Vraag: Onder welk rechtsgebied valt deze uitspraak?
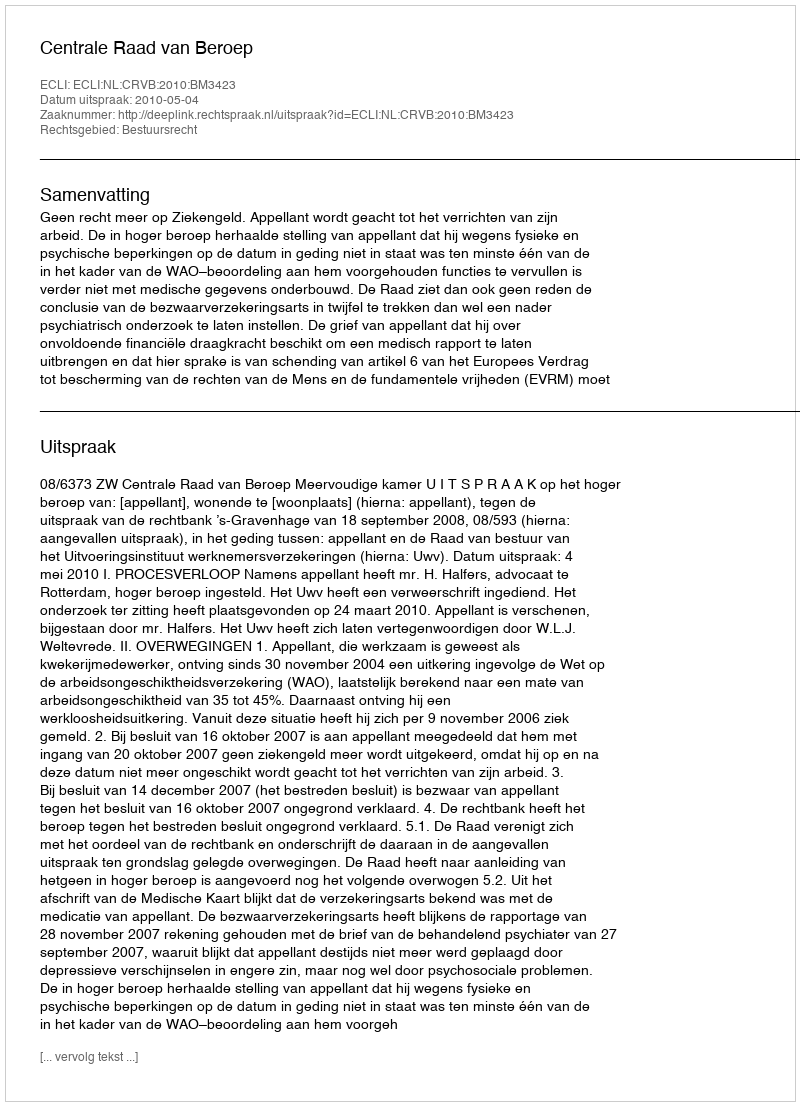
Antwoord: Bestuursrecht